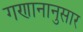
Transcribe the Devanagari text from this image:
गणानानुसार